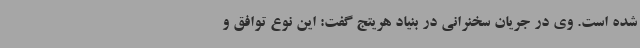
شده است. وی در جریان سخنرانی در بنیاد هریتج گفت: این نوع توافق و